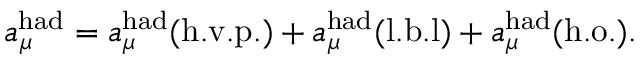
a _ { \mu } ^ { \mathrm { h a d } } = a _ { \mu } ^ { \mathrm { h a d } } ( \mathrm { h . v . p . } ) + a _ { \mu } ^ { \mathrm { h a d } } ( \mathrm { l . b . l } ) + a _ { \mu } ^ { \mathrm { h a d } } ( \mathrm { h . o . } ) .